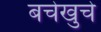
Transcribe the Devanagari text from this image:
बचेखुचे